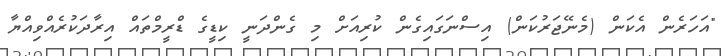
"އަހަރެން އެކަން (މެނޭޖަރުކަން) އިސްނަގައިގެން ކުރިއަށް މި ގެންދަނީ ކިޑީގެ ޑްރީމްތައް އިރާދަކުރެއްވިއްޔާ